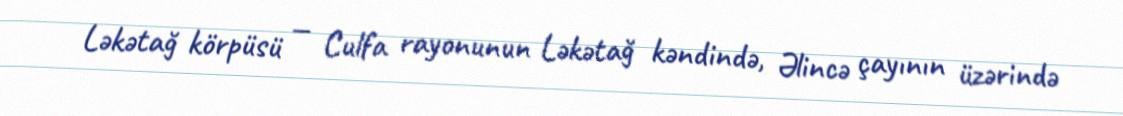
Ləkətağ körpüsü — Culfa rayonunun Ləkətağ kəndində, Əlincə çayının üzərində